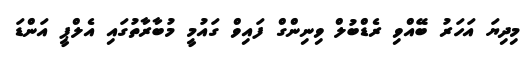
މިދިޔަ އަހަރު ބޭއްވި ރެޑްބުލް ވިނިންގް ފައިވް ގައުމީ މުބާރާތުގައި އެލްޕީ އަންޑަ